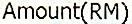
AMOUNT(RM)